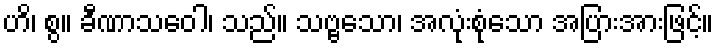
ဟိ၊ စွ။ ခီဏာသဝေါ၊ သည်။ သဗ္ဗသော၊ အလုံးစုံသော အပြားအားဖြင့်။